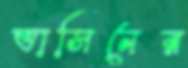
ভাসিনের